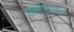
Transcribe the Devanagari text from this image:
आरएनआर